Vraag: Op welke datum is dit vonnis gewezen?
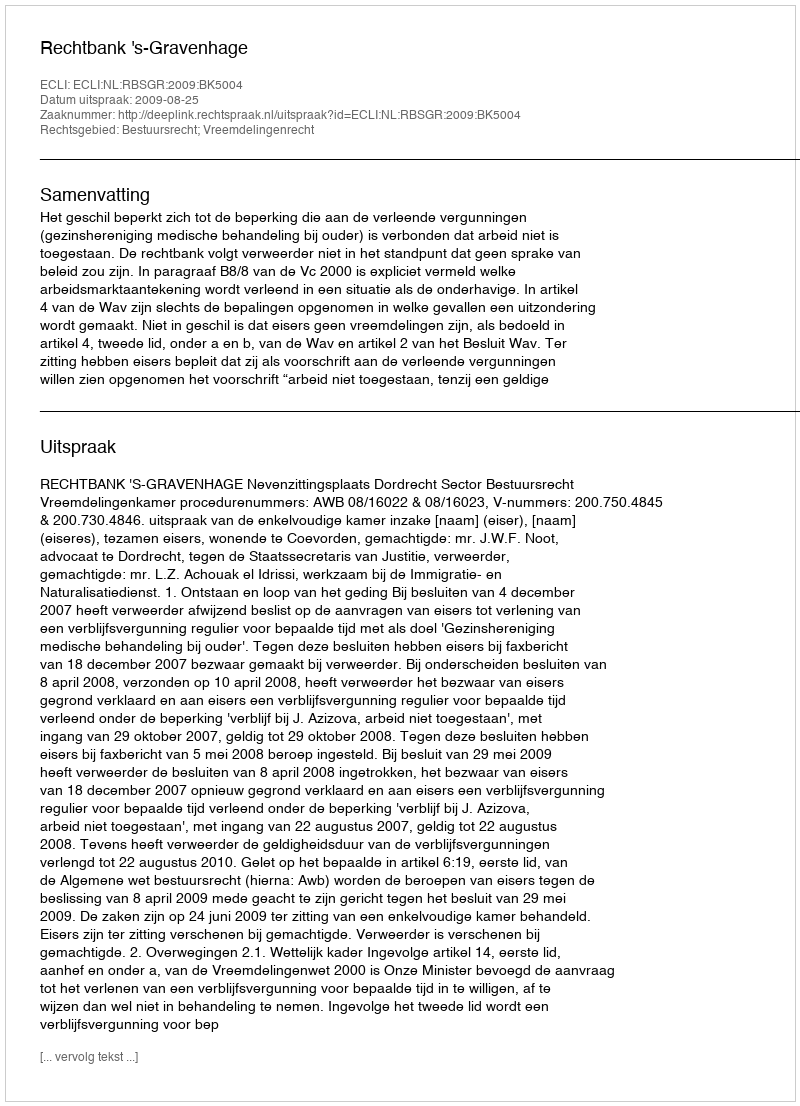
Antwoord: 2009-08-25